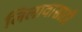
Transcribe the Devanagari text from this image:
लिलावासाठी